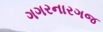
ગગરનારગજ